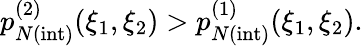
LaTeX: p_{N{\mathrm{(int)}}}^{(2)}(\xi_{1},\xi_{2})>p_{N{\mathrm{(int)}}}^{(1)}(\xi_{1},\xi_{2}).